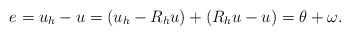
\begin{align*} e=u_h-u=(u_h-R_hu)+(R_hu-u)=\theta+\omega.\end{align*}